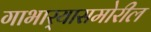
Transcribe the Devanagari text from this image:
गाभार्‍यासमोरील